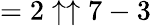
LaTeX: =2\uparrow\uparrow 7-3